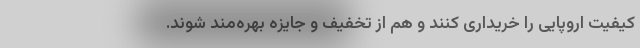
کیفیت اروپایی را خریداری کنند و هم از تخفیف و جایزه بهره‌مند شوند.